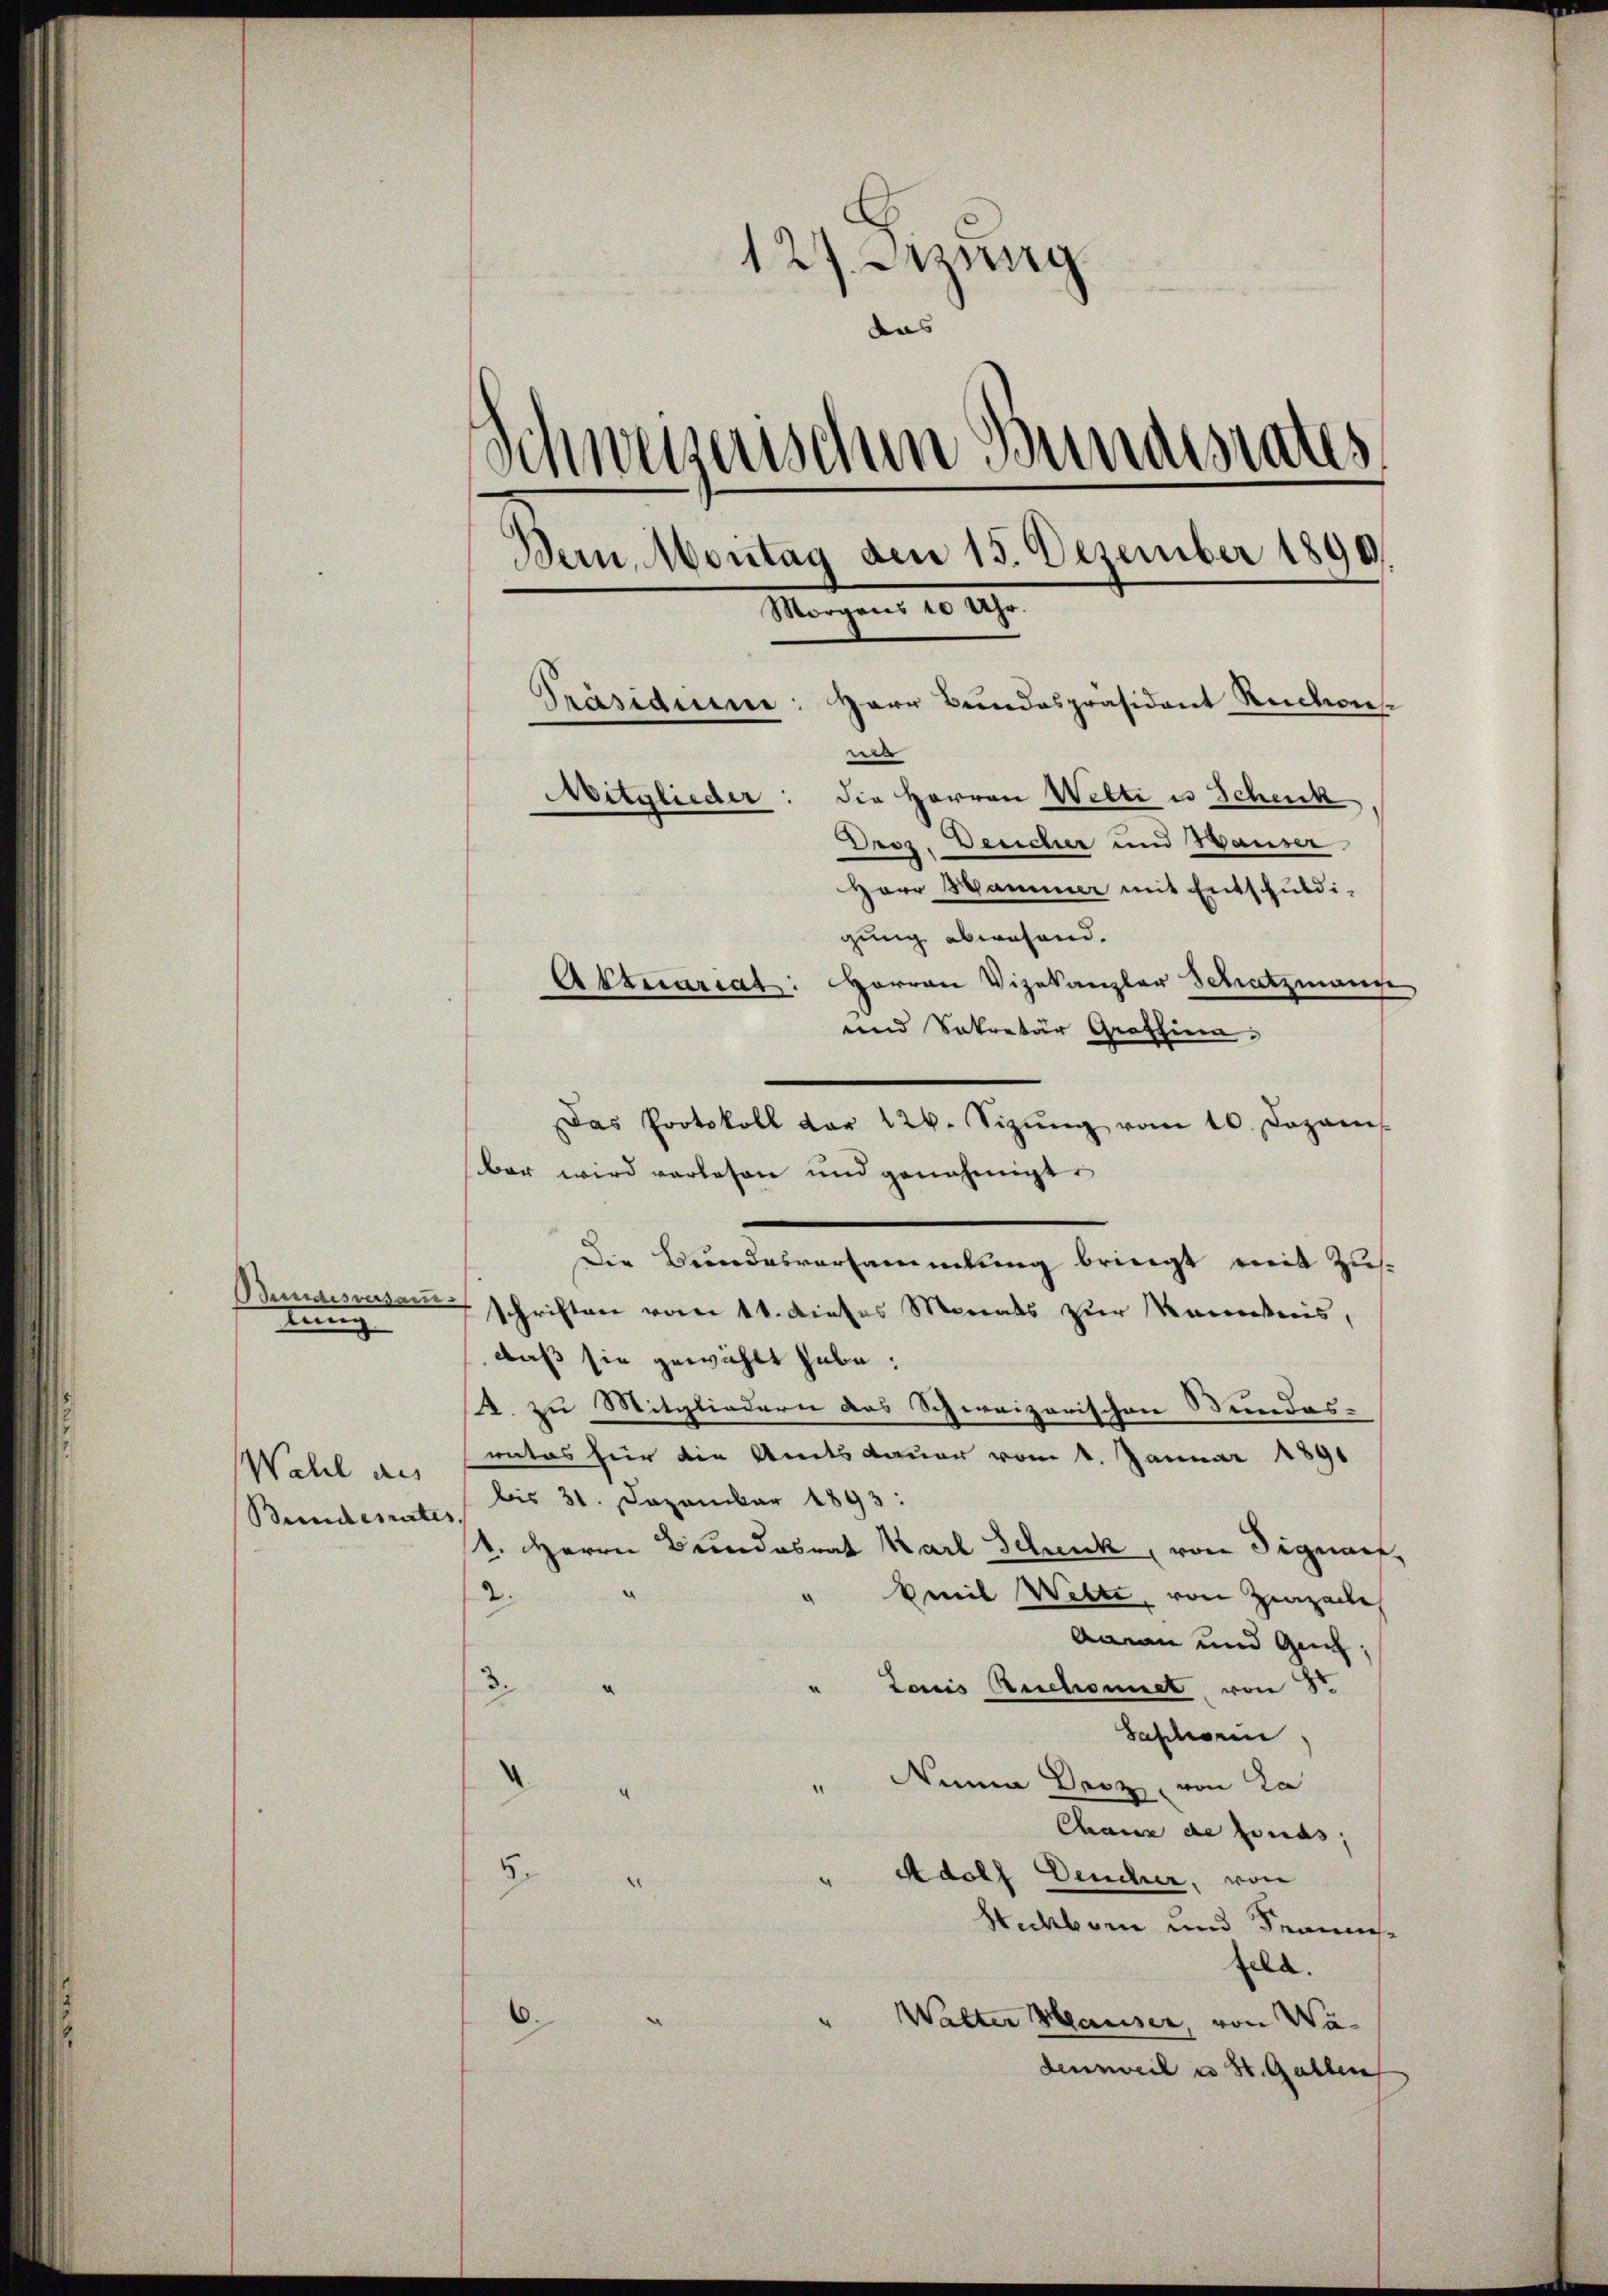
tuung

Bunderates,

127 inung
das
Schweizerischen Bundesrates
Bern, Montag den 15. Dezember 1890.
Morgens 10 Uhr.
Herr Bundespräsident Ruchois
Präsidie
e
Mitglieder: die Herren Welti es Schenk
Droz. Deucher und Hauser.
Herr Stammer mit Entschuldi¬

gung abwesend.
Herren Vizekanzler Schatzmange
und Sekretär Graffina
Das Protokoll der 126. Sizŭng vom 10. Dezem
bar wird verlesen und genehmigt
Die Bundesversammlung bringt mit Zus¬
Bundesversam schriften vom 11. dieses Monats zur Kenntnis,
daß sie gewählt habe.
4. zu Mitgliedern das Schweizerischen Stundes- |
rates für die Amtsdauer vom 1. Januar 1891
Wahl des bis 31. Dezember 1893:
1. Herrn Bundesrat Karl Schenk, von Signart,
2.
Emil Wette, von Herzalle
Aarau und Guch;
3.
Louis Ruchonnet, von Sr
Saschein,
Nina Dasz von La
Chaux de fonds;
5.
Adolf Deucher, von
Heckborn und Fens
feld.
6.
Walter Hauser, von Wadensweil u St. Gallen

Aktuariat.